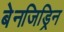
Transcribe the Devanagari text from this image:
बेनजिड्रिन